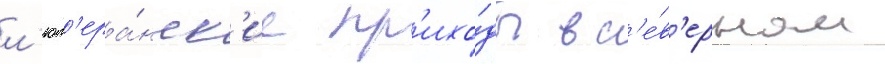
л'ют'ера́нск'ие пр'ихо́ды в с'е́в'ерном